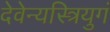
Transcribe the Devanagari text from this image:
देवेन्यस्त्रियुगं